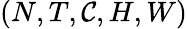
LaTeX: (N,T,\mathcal{C},H,W)